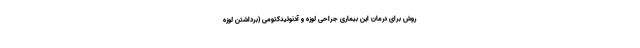
روش برای درمان این بیماری جراحی لوزه و آدنوئیدکتومی (برداشتن لوزه